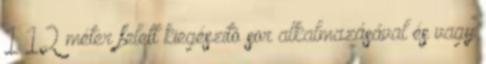
1 12 méter felett kiegészítõ sor alkalmazásával és vagy